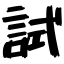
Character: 試